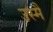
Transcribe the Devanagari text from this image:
उस्मैं